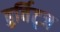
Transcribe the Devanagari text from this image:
हुर्विट्ज